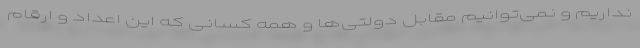
نداریم و نمی‌توانیم مقابل دولتی‌ها و همه کسانی که این اعداد و ارقام